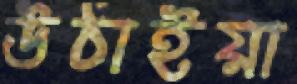
উঠাইয়া